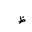
Letter: _za